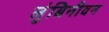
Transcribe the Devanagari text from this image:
लुंबिनीवन